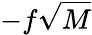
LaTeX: -f\sqrt{M}